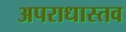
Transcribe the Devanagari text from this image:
अपराधास्तव